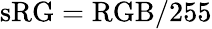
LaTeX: \mathrm{sRG}=\mathrm{RGB}/255